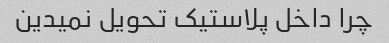
چرا داخل پلاستیک تحویل نمیدین